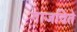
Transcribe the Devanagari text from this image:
गाजविते